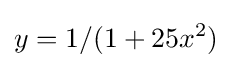
y=1/(1+25x^{2})